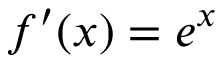
f ^ { \prime } ( x ) = e ^ { x }